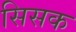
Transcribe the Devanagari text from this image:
सिसक